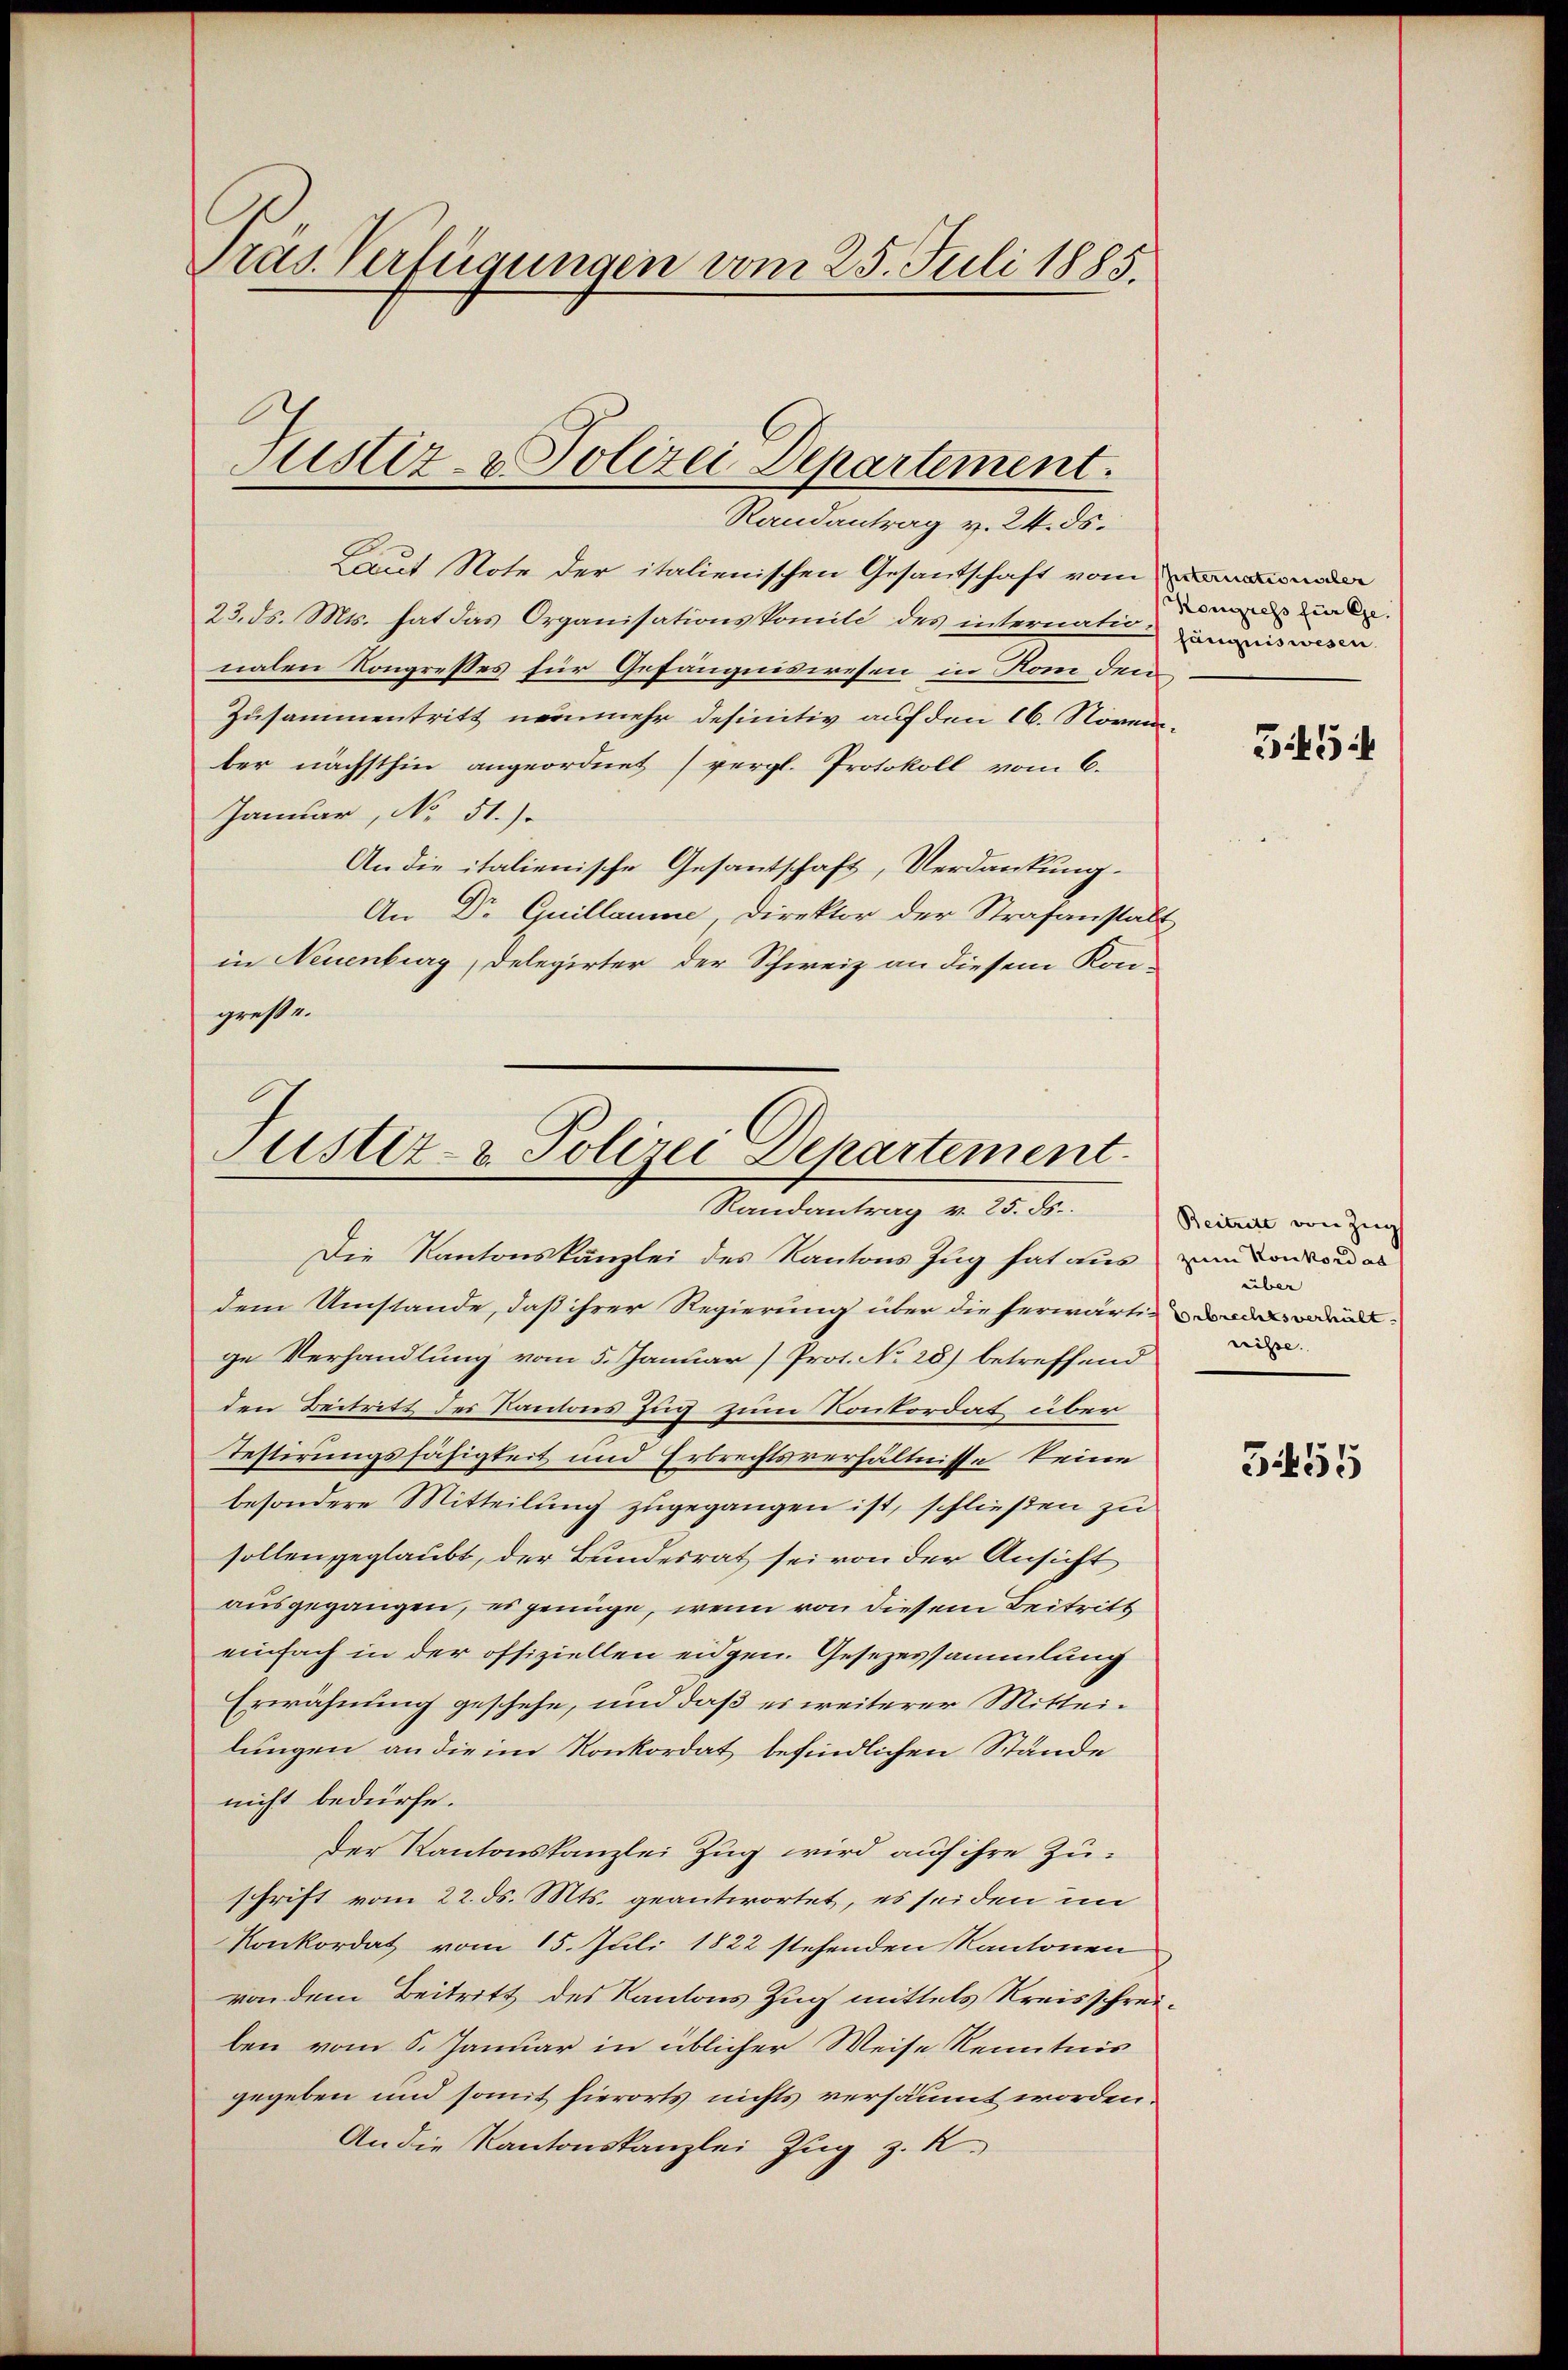
Präs. Verfügungen vom 25. Juli 1885.

Justiz- & Polizei Departement.
Randantrag v. 24. ds.

Justiz- & Polizei Departement.
Randantrag v. 25. ds.

Laut Note der italienischen Gesantschaft vom
23. ds. Mts. hat das Organisationskomite des internation denswesen
nalen Kongresses für Gefängniswesen in Kom den
Zusammentritt nunmehr definitiv auf den 16. November nächsthin angeordnet (vergl. Protokoll vom 6.
Januar, No 51.)
An die italienische Gesantschaft, Verdankung.
An Dr Guillaume Direktor der Strafanstalt
in Neuenburg, Delegirter der Schweiz an diesem Kon-
greße.

Die Kantonskanzlei des Kantons Zug hat aus von von und es
dem Umstände, daß ihrer Regierung über die herwärtig & der den werd
ge Verhandlung vom 5. Januar (Prot. No 28) betreffend
den Beitritt des Kantons Zug zum Konkordat über¬
Testirungsfähigkeit und Erbrechtsverhältnisse keine
besondere Mitteilung zugegangen ist, schließen zu
sollen geglaubt, der Bundesrat sei von der Ansicht
ausgegangen, es genüge, wenn von diesem Beitritt
einfach in der offiziellen eidgen. Gesezessammlung
Erwähnung geschehe, und daß es weiterer Mitteilungen an die im Konkordat befindlichen Stände
nicht bedürfe.
Der Kantonskanzlei Zug wird auf ihre Zuschrift vom 22. ds. Mts. geantwortet, es seiden im
Konkordat vom 15. Juli 1822 stehenden Kantonen
von dem Beitritt des Kantons Zug mittels Kreisschreiben vom 5. Januar in üblicher Weise Kenntnis
gegeben und somit hierorts nichts versäumt worden.
An die Kantonskanzlei Zug z. R.

Kongress für Ge¬

345

Beitritt von Zug
über

355